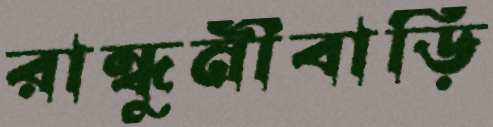
রান্ধুনীবাড়ি